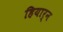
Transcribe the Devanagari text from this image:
हियार्न